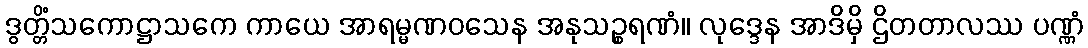
ဒွတ္တိံသကောဋ္ဌာသကေ ကာယေ အာရမ္မဏဝသေန အနုသဉ္စရဏံ။ လုဒ္ဒေန အာဒိမှိ ဌိတတာလဿ ပဏ္ဏံ